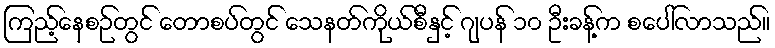
ကြည့်နေစဉ်တွင် တောစပ်တွင် သေနတ်ကိုယ်စီနှင့် ဂျပန် ၁၀ ဦးခန့်က စပေါ်လာသည်။